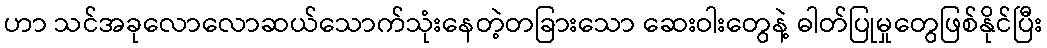
ဟာ သင်အခုလောလောဆယ်သောက်သုံးနေတဲ့တခြားသော ဆေးဝါးတွေနဲ့ ဓါတ်ပြုမှုတွေဖြစ်နိုင်ပြီး